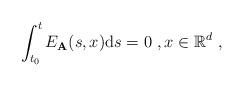
LaTeX: \begin{align*}\int\nolimits_{t_{0}}^{t}E_{\mathbf{A}}(s,x)\mathrm{d}s=0\ ,x\in\mathbb{R}^{d}\ , \end{align*}